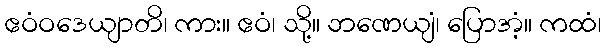
ဧဝံဝဒေယျာတိ၊ ကား။ ဧဝံ၊ သို့။ ဘဏေယျံ၊ ပြောအံ့။ ကထံ၊